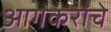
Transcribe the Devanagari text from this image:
आगकरांचे